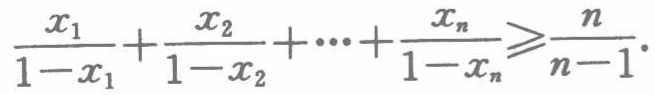
$\frac{x_{1}}{1 - x_{1}}+\frac{x_{2}}{1 - x_{2}}+\cdots+\frac{x_{n}}{1 - x_{n}}\geqslant\frac{n}{n - 1}.$